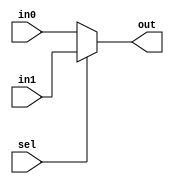
`ifndef _mux5
`define _mux5
`timescale 1ns / 1ps
//////////////////////////////////////////////////////////////////////////////////
// Company:
// Engineer:
//
// Design Name:
// Module Name:    MUX5
// Project Name:
// Target Devices:
// Tool versions:
// Description:
//
// Dependencies:
//
// Revision:
// Revision 0.01 - File Created
// Additional Comments:
//
//////////////////////////////////////////////////////////////////////////////////
module MUX5(in0, in1, sel, out);
	input [4:0] in0;
	input [4:0] in1;
	input sel;
	output [4:0] out;
	assign out = (sel)?in1:in0;
endmodule
`endif